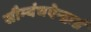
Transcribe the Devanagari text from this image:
सौम्यंचऐन्द्राग्नं